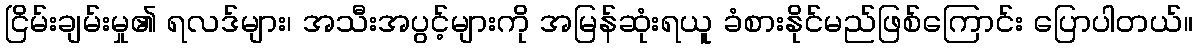
ငြိမ်းချမ်းမှု၏ ရလဒ်များ၊ အသီးအပွင့်များကို အမြန်ဆုံးရယူ ခံစားနိုင်မည်ဖြစ်ကြောင်း ပြောပါတယ်။